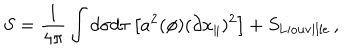
S = \frac { 1 } { 4 \pi } \int d \sigma d \tau \left[ a ^ { 2 } ( \phi ) ( \partial x _ { \parallel } ) ^ { 2 } \right] + S _ { \mathrm { L i o u v i l l e } } \, ,